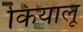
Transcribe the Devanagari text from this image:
कियालू